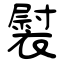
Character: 褽